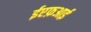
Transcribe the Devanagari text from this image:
ईएफ़आई